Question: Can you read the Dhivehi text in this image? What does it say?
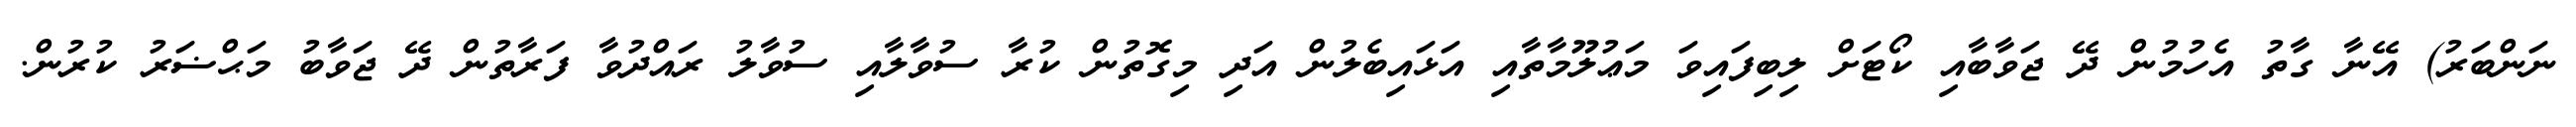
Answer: ނަންބަރު) އޭނާ ގާތު އެހުމުން ދޭ ޖަވާބާއި ކޯޓަށް ލިބިފައިވަ މަޢުލޫމާތާއި އަޅައިބެލުން އަދި މިގޮތުން ކުރާ ސުވާލާއި ސުވާލު ރައްދުވާ ފަރާތުން ދޭ ޖަވާބު މަޙްޟަރު ކުރުން.